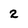
Character: 2